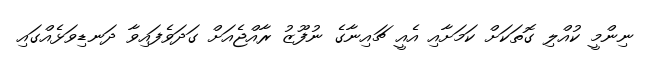
ނިންމީ ކުއްލި ގޮތަކަށް ކަމަށާއި އެއީ ޗައިނާގެ ނުފޫޒު ރާއްޖެއަށް ގަދަވެފައިވާ ދަނޑިވަޅެއްގައި